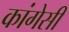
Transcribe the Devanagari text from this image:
कांगेसी